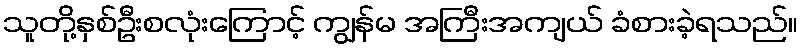
သူတို့နှစ်ဦးစလုံးကြောင့် ကျွန်မ အကြီးအကျယ် ခံစားခဲ့ရသည်။